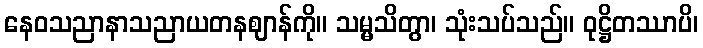
နေဝသညာနာသညာယတနဈာန်ကို။ သမ္မသိတွာ၊ သုံးသပ်သည်။ ဝုဋ္ဌိတဿာပိ၊